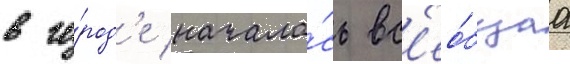
в го́род'е начала́сь вс'ео́бщаа